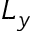
L _ { y }